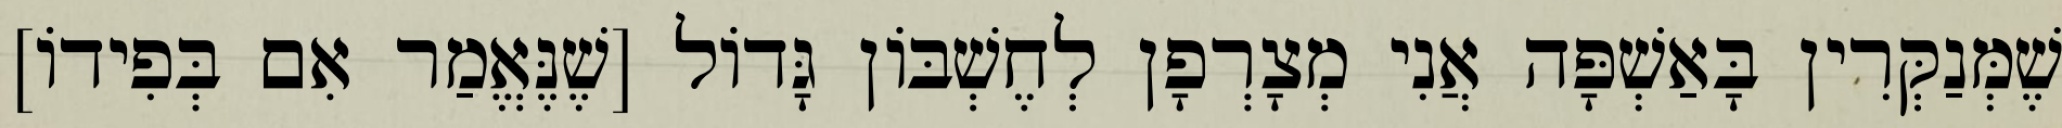
שֶׁמְּנַקְּרִין בָּאַשְׁפָּה אֲנִי מְצָרְפָן לְחֶשְׁבּוֹן גָּדוֹל [שֶׁנֶּאֱמַר אִם בְּפִידוֹ]